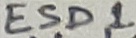
Text: ESD1